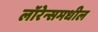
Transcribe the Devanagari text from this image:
लॉरेन्समधील